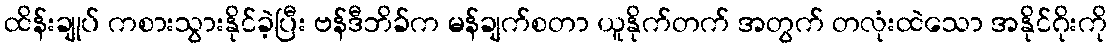
ထိန်းချုပ် ကစားသွားနိုင်ခဲ့ပြီး ဗန်ဒီဘိခ်က မန်ချက်စတာ ယူနိုက်တက် အတွက် တလုံးထဲသော အနိုင်ဂိုးကို